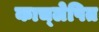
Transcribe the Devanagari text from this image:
काच्लेपित